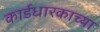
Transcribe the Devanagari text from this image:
कार्डधारकाच्या